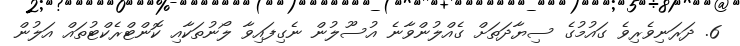
6. ދަރަނިވެރިވެ ގައުމުގެ ސިޔާދަތަށް ގެއްލުންވާނެ އުސޫލުން ނެގިފައިވާ ލޯނުތަކާއި ކޮންޓްރެކްޓުތައް އަލުން